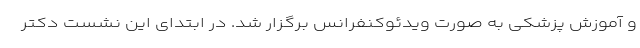
و آموزش پزشکی به صورت ویدئوکنفرانس برگزار شد. در ابتدای این نشست دکتر